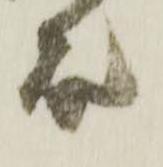
殿